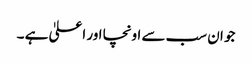
جو ان سب سے اونچا اور اعلیٰ ہے ۔